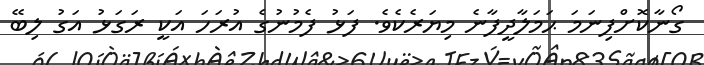
ގޯނާކޮށްފިނަމަ ޙަމަލާދީފާނެ މިޔަރެކެވެ. ފަޅު ފެމުނުގެ އުރަހަ އަކީ ރަަގަޅު އަގު ލިބޭ